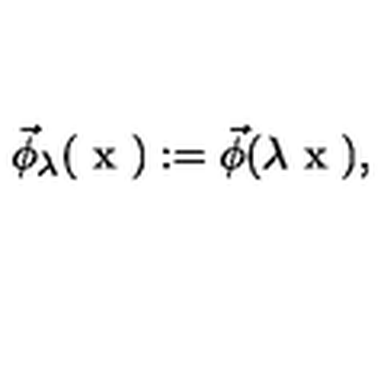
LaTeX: \vec { \phi } _ { \lambda } ( \textrm { x } ) : = \vec { \phi } ( \lambda \textrm { x } ) ,